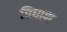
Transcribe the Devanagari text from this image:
विधाण